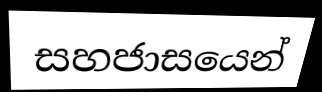
සහජාසයෙන්